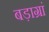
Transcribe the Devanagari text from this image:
बड़ाग्रां